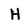
Character: H